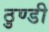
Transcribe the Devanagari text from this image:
ठुण्डी